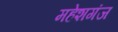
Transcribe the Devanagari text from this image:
महेशगंज